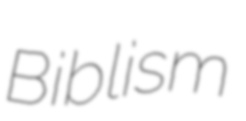
Biblism